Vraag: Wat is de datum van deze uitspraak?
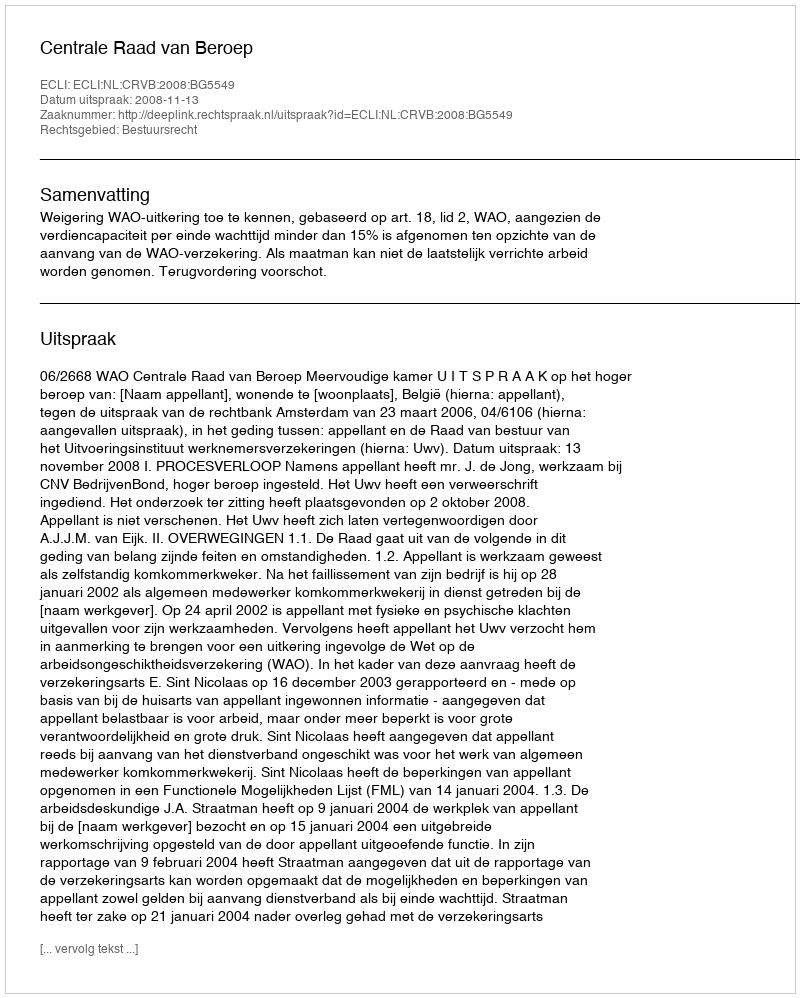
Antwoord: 2008-11-13